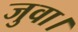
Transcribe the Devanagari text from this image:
जुवा।